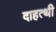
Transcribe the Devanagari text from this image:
दाहत्थी